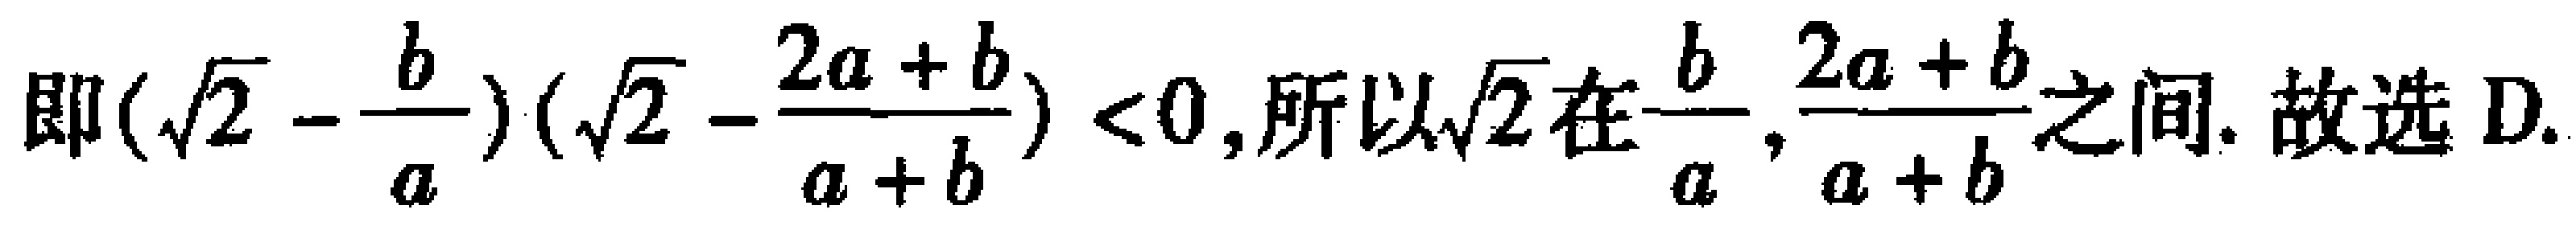
即\((\sqrt{2} - \frac{b}{a})(\sqrt{2} - \frac{2a + b}{a + b}) < 0\),所以\(\sqrt{2}\)在\(\frac{b}{a},\frac{2a + b}{a + b}\)之间. 故选 D.